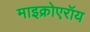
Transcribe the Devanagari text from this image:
माइक्रोएरॉय